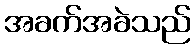
အခက်အခဲသည်